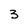
Character: 3